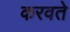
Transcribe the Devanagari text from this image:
करवते